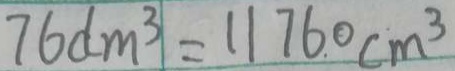
7 6 d m ^ { 3 } = 1 1 7 6 0 c m ^ { 3 }